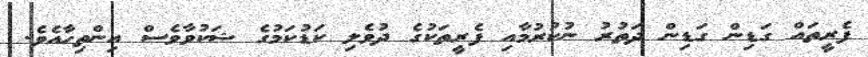
ފެރީތައް ގަޑިން ގަޑިން ދަތުރު ނުކުރުމާއި ފެރީތަކުގެ ދުވެލި ކަޑުކަމުގެ ޝަކުވާވެސް އިންތިހާއެވެ.